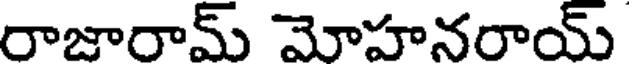
రాజారామ్ మోహనరాయ్